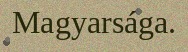
Magyarsága.